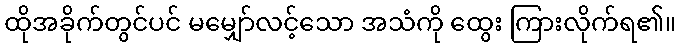
ထိုအခိုက်တွင်ပင် မမျှော်လင့်သော အသံကို ထွေး ကြားလိုက်ရ၏။